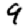
Digit: 9